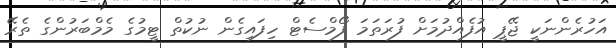
އަހުރެންނަކީ ޖޭޕީ އުފެއްދުމަށް ފުރަތަމަ ފޯމްސެޓް ހިފައިގެން ނުކުތް ޓީމުގެ މެމްބަރުންގެ ތެރޭ